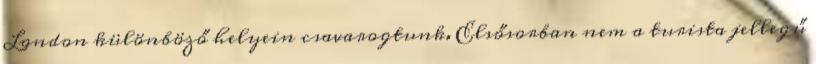
London különböző helyein csavarogtunk. Elsősorban nem a turista jellegű